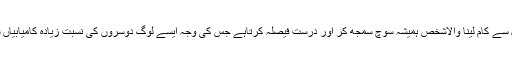
صبرو تحمل سے کام لینا والاشخص ہمیشہ سوچ سمجھ کر اور درست فیصلہ کرتاہے جس کی وجہ ایسے لوگ دوسروں کی نسبت زیادہ کامیابیاں سمیٹتے ہیں۔